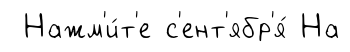
Нажм'и́т'е с'ент'ябр'я́ На